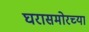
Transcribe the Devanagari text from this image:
घरासमोरच्या